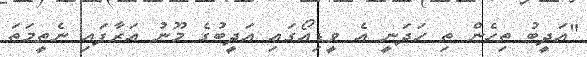
"އަދީބު ތިހެން ތި ހަދަނީ އެ ވީޑިއޯގައި އަދީބުގެ މޫނު އަރާފައި ނެތީމަތަ